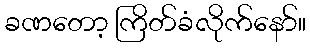
ခဏတော့ ကြိတ်ခံလိုက်နော်။